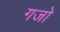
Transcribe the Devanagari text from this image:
गजो